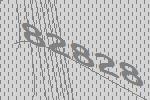
82828